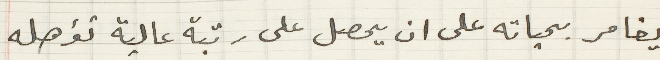
يغامر بحياته على ان يحصل على رتبة عالية تؤهله